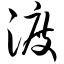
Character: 渡